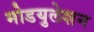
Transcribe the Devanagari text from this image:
मोडयुलेशन